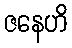
ဇနေဟိ